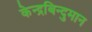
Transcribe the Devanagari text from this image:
केन्द्रबिन्दुमान